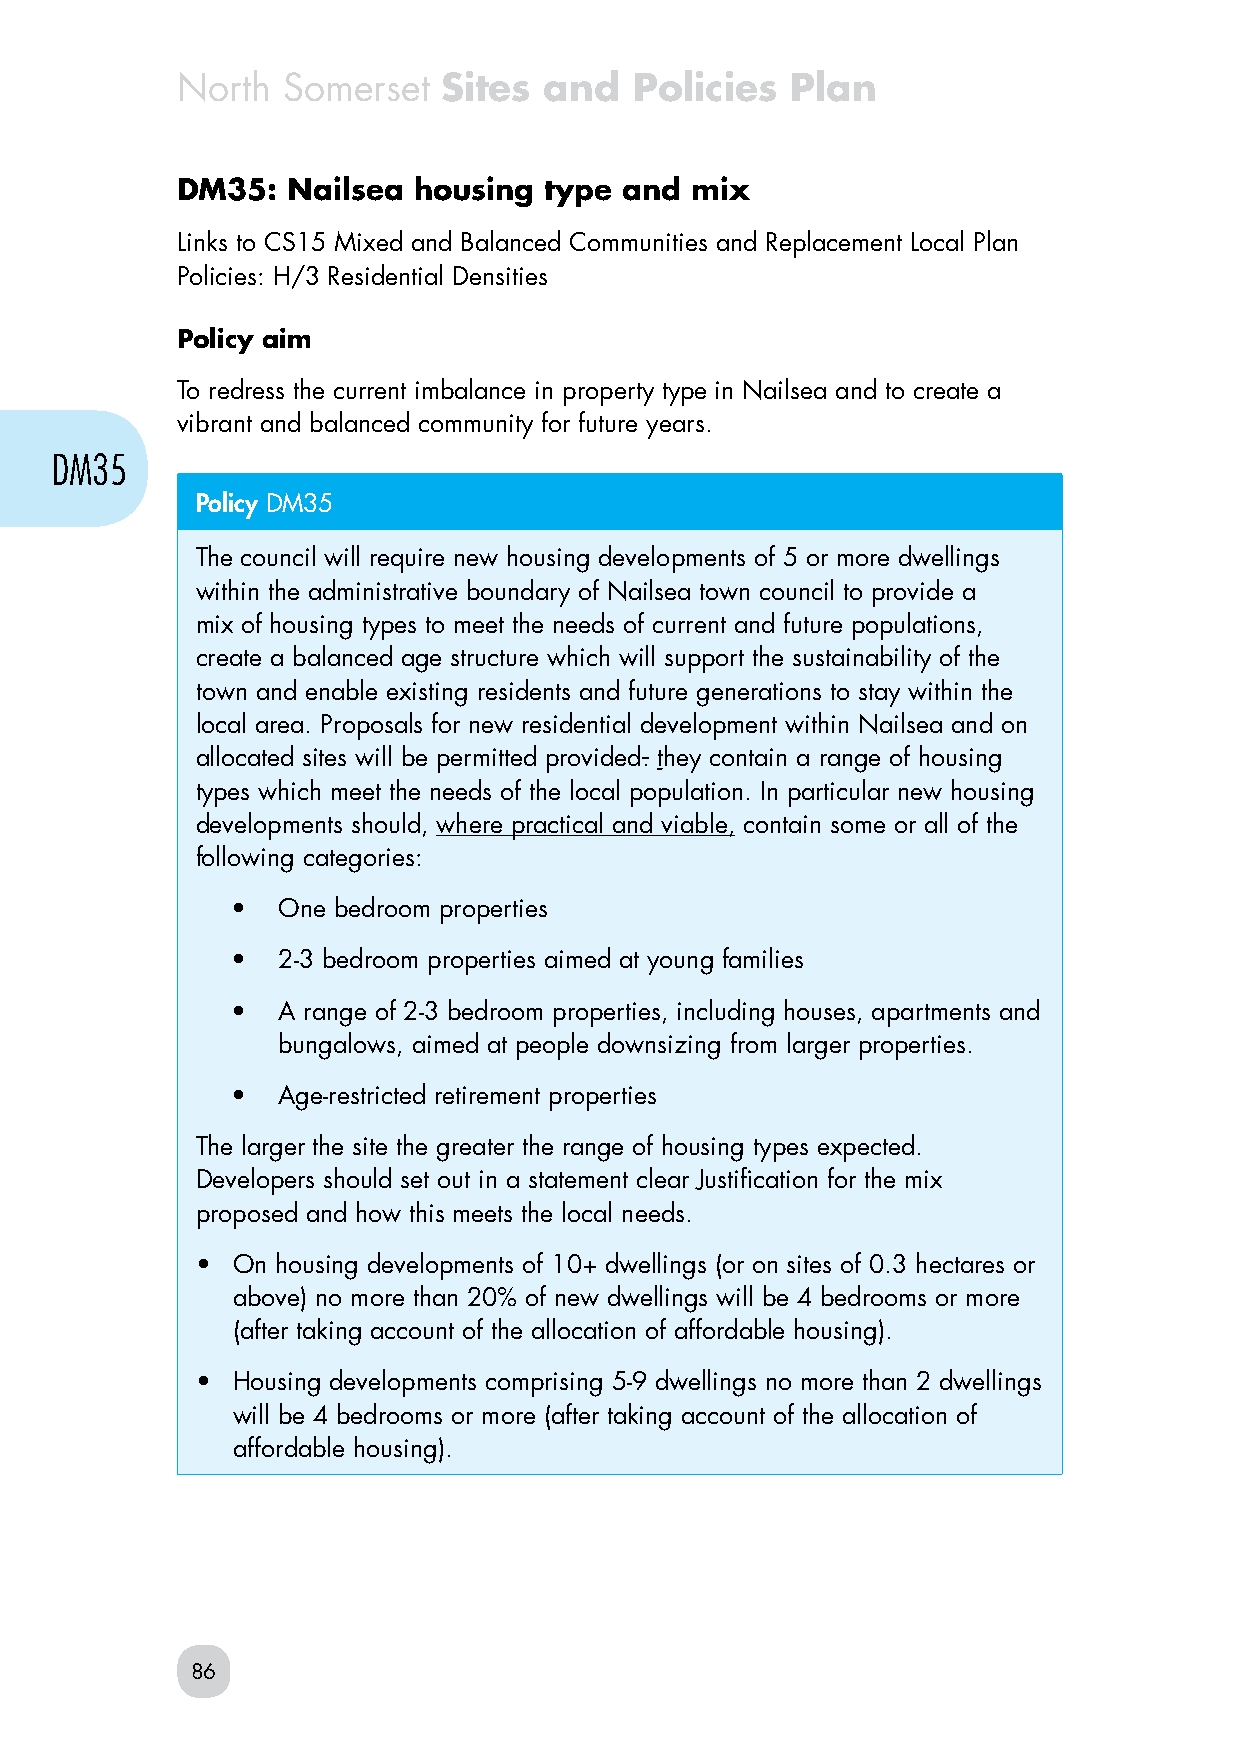
North  Somerset  Sites  and   Policies  Plan
 DM35:  Nailsea housing  type and  mix
 Links to CS15 Mixed and Balanced Communities and Replacement Local Plan
 Policies: H/3 Residential Densities
 Policy aim
 To redress the current imbalance in property type in Nailsea and to create a
 vibrant and balanced community for future years.
 DM35
 Policy DM35
 The council will require new housing developments of 5 or more dwellings
 within the administrative boundary of Nailsea town council to provide a
 mix of housing types to meet the needs of current and future populations,
 create a balanced age structure which will support the sustainability of the
 town and enable existing residents and future generations to stay within the
 local area. Proposals for new residential development within Nailsea and on
 allocated sites will be permitted provided. they contain a range of housing
 types which meet the needs of the local population. In particular new housing
 developments should, where practical and viable, contain some or all of the
 following categories:
 •  One bedroom properties
 •  2-3 bedroom properties aimed at young families
 •  A range of 2-3 bedroom properties, including houses, apartments and
 bungalows, aimed at people downsizing from larger properties.
 •  Age-restricted retirement properties
 The larger the site the greater the range of housing types expected.
 Developers should set out in a statement clear Justification for the mix
 proposed and how this meets the local needs.
 • On housing developments of 10+ dwellings (or on sites of 0.3 hectares or
 above) no more than 20% of new dwellings will be 4 bedrooms or more
 (after taking account of the allocation of affordable housing).
 • Housing developments comprising 5-9 dwellings no more than 2 dwellings
 will be 4 bedrooms or more (after taking account of the allocation of
 affordable housing).
 86